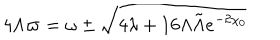
4 \Lambda \varpi = \omega \pm \sqrt { 4 \lambda + 1 6 \Lambda \tilde { \Lambda } e ^ { - 2 \chi _ { 0 } } }